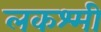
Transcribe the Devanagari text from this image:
लकश्मी